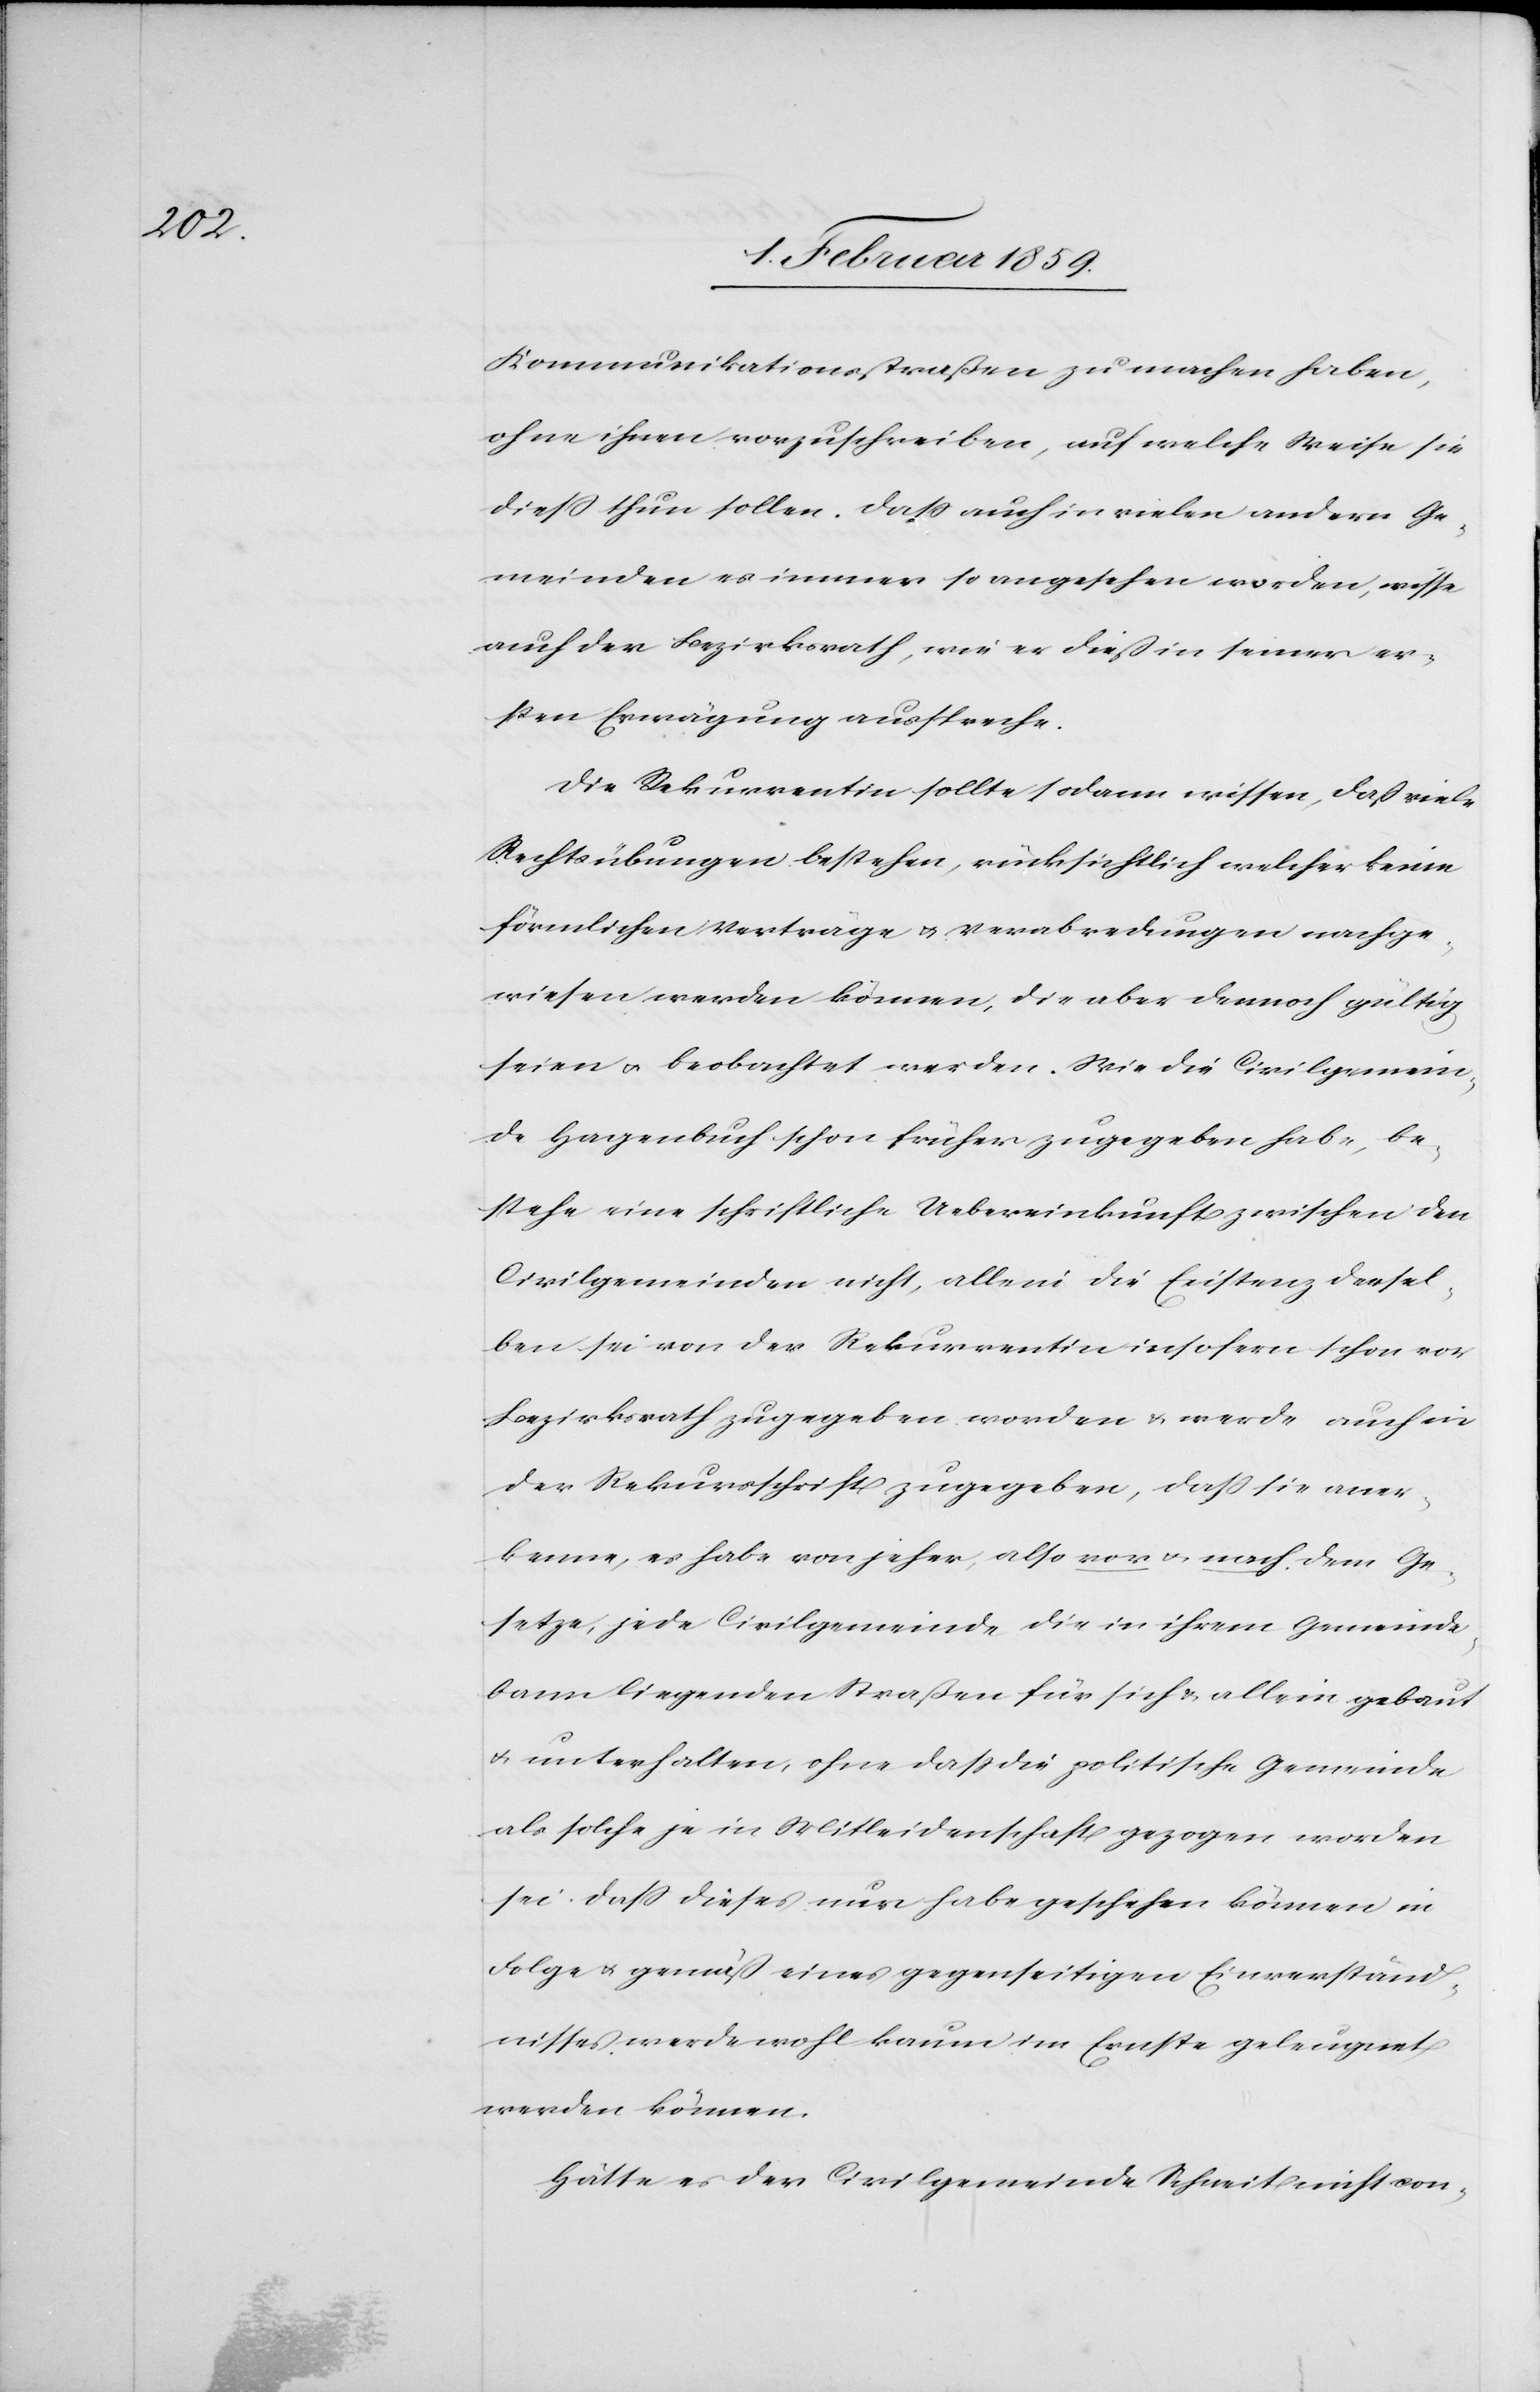
Kommunikationsstraßen zu machen haben,
ohne ihnen vorzuschreiben, auf welche Weise sie
dieß thun sollen. Daß auch in vielen andern Ge¬
meinden es immer so angesehen worden, wisse
auch der Bezirksrath, wie er dieß in seiner er¬
sten Erwägung ausspreche.
Die Rekurrentin sollte sodann wissen, daß viele
Rechtsübungen bestehen, rücksichtlich welcher keine
förmlichen Verträge u. Verabredungen nachge¬
wiesen werden können, die aber dennoch gültig
seien u. beobachtet werden. Wie die Civilgemein¬
de Hagenbuch schon früher zugegeben habe, be¬
stehe eine schriftliche Uebereinkunft zwischen den
Civilgemeinden nicht, allein die Existenz dersel¬
ben sei von der Rekurrentin insofern schon vor
Bezirksrath zugegeben worden & werde auch in
der Rekursschrift zugegeben, daß sie aner¬
kenne, es habe von jeher, also vor u. nach dem Ge¬
setze, jede Civilgemeinde die in ihrem Gemeinde¬
bann liegenden Straßen für sich & allein gebaut
u. unterhalten, ohne daß die politische Gemeinde
als solche je in Mitleidenschaft gezogen worden
sei daß dieses nur habe geschehen können in
Folge u. gemäß eines gegenseitigen Einverständ¬
nisses werde wohl kaum im Ernste geleugnet
werden können.
Hätte es der Civilgemeinde Schneit nicht con-